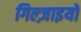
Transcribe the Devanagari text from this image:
गिल्ज़ाइयों